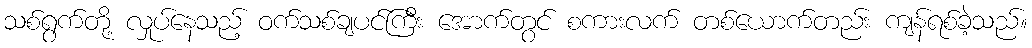
သစ်ရွက်တို့ လှုပ်နေသည့် ဝက်သစ်ချပင်ကြီး အောက်တွင် စကားလက် တစ်ယောက်တည်း ကျန်ရစ်ခဲ့သည်။